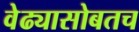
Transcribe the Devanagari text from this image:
वेढ्यासोबतच